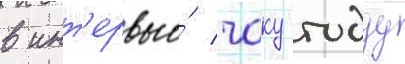
в инт'ервью́ чаку тодду